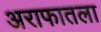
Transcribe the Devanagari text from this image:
अराफातला